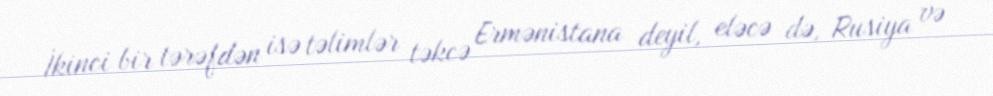
İkinci bir tərəfdən isə təlimlər təkcə Ermənistana deyil, eləcə də, Rusiya və